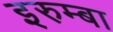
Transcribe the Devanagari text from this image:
इरुम्बा